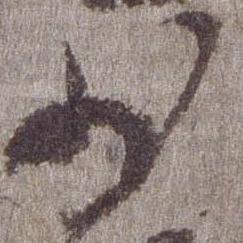
少